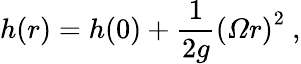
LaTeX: h(r)=h(0)+{\frac{1}{2g}}\left({\mathit{\Omega}}r\right)^{2}\ ,